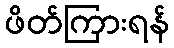
ဖိတ်ကြားရန်